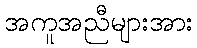
အကူအညီများအား